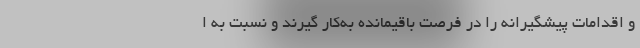
و اقدامات پیشگیرانه را در فرصت باقیمانده به‌کار گیرند و نسبت به ا